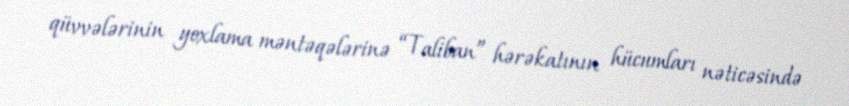
qüvvələrinin yoxlama məntəqələrinə “Taliban” hərəkatının hücumları nəticəsində